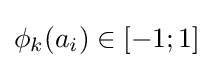
\phi _{k}(a_{i})\in [-1;1]